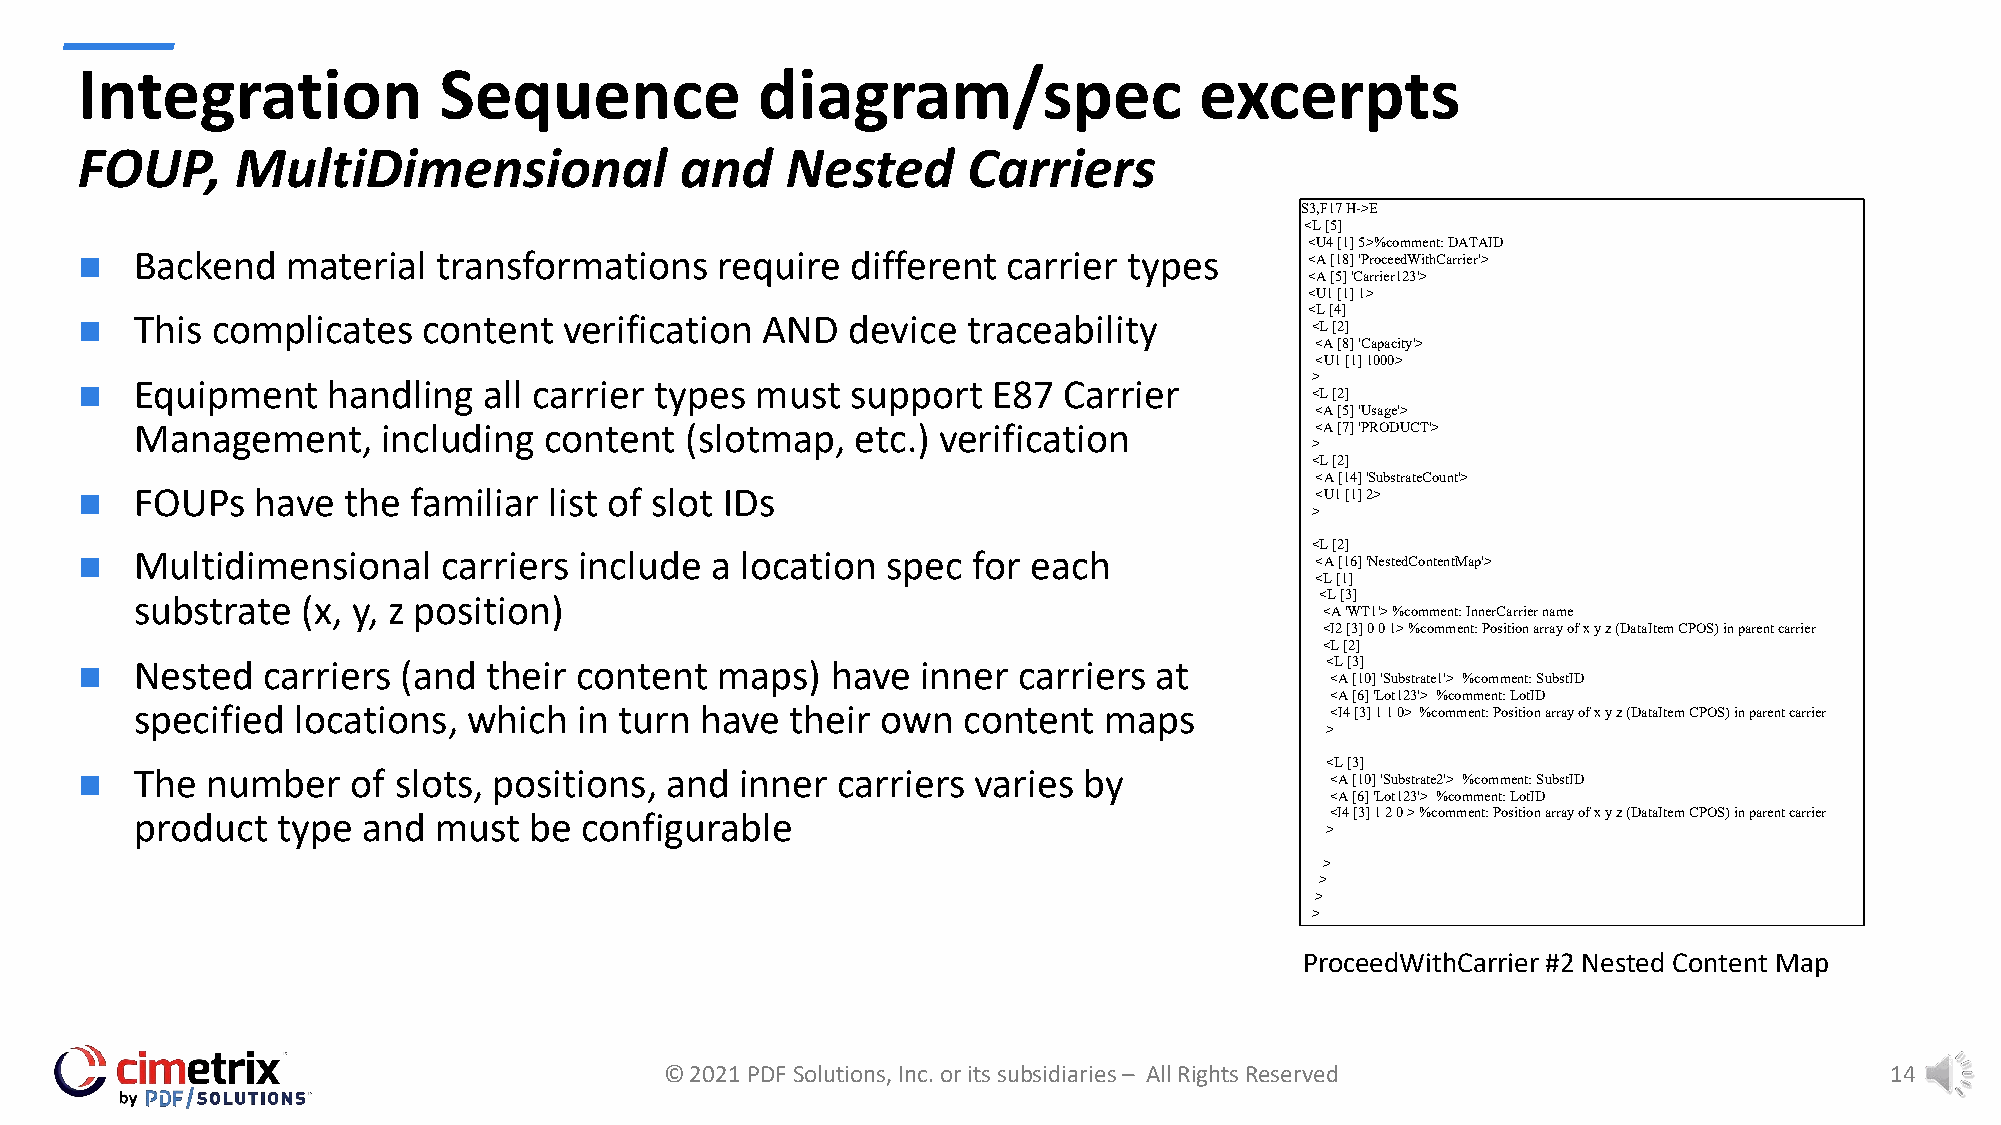
Integration             Sequence             diagram/spec                 excerpts
 FOUP,      MultiDimensional             and    Nested      Carriers
 S3,F17 H->E
 <L [5]
 <U4 [1] 5>%comment: DATAID
 n   Backend   material  transformations   require  different  carrier types       <A [18] 'ProceedWithCarrier'>
 <A [5] 'Carrier123'>
 <U1 [1] 1>
 <L [4]
 n   This complicates   content  verification AND   device  traceability           <L [2]
 <A [8] 'Capacity'>
 <U1 [1] 1000>
 >
 n   Equipment    handling  all carrier types must  support   E87 Carrier          <L [2]
 <A [5] 'Usage'>
 Management,     including  content  (slotmap,   etc.) verification            <A [7] 'PRODUCT'>
 >
 <L [2]
 <A [14] 'SubstrateCount'>
 n   FOUPs   have  the familiar list of slot IDs                                   <U1 [1] 2>
 >
 <L [2]
 n   Multidimensional    carriers include  a location  spec for each               <A [16] 'NestedContentMap'>
 <L [1]
 substrate  (x, y, z position)                                                 <L [3]
 <A 'WT1'> %comment: InnerCarrier name
 <I2 [3] 0 0 1> %comment: Position array of x y z (DataItem CPOS) in parent carrier
 <L [2]
 n   Nested  carriers  (and their content  maps)   have  inner carriers at          <L [3]
 <A [10] 'Substrate1'> %comment: SubstID
 <A [6] 'Lot123'> %comment: LotID
 specified  locations, which  in turn have  their own   content  maps           <I4 [3] 1 1 0> %comment: Position array of x y z (DataItem CPOS) in parent carrier
 >
 <L [3]
 n   The  number   of slots, positions, and  inner carriers varies  by              <A [10] 'Substrate2'> %comment: SubstID
 <A [6] 'Lot123'> %comment: LotID
 product  type  and  must  be  configurable                                     <I4 [3] 1 2 0 > %comment: Position array of x y z (DataItem CPOS) in parent carrier
 >
 >
 >
 >
 >
 >
 P roceedWithCarrier #2 Nested Content Map
 >
 © 2021 PDF Solutions, Inc. or its subsidiaries – All Rights Reserved             14